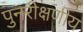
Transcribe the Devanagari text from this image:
पुनरीक्षणीय